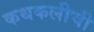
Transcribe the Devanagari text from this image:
कथकलीची